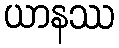
ယာနဿ